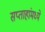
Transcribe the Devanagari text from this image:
सप्ताहांमध्ये